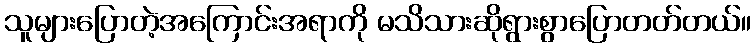
သူများပြောတဲ့အကြောင်းအရာကို မသိသားဆိုရွားစွာပြောတတ်တယ်။